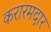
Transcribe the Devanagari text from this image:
करारमदार